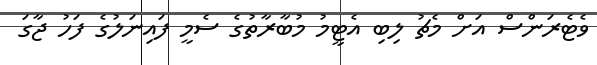
ވެޓެރަންސް އަށް މެޗު ލިބި އެޓީމު މުބާރާތުގެ ސެމީ ފައިނަލުގެ ފަހު ޖާގަ